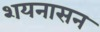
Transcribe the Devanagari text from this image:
शयनासन